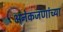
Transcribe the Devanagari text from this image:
अनेकजणांच्या